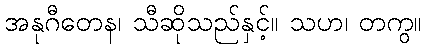
အနုဂီတေန၊ သီဆိုသည်နှင့်။ သဟ၊ တကွ။